Report of the Indian Hemp Drugs Commission, 1894-1895 - Volume II
Year: 1894
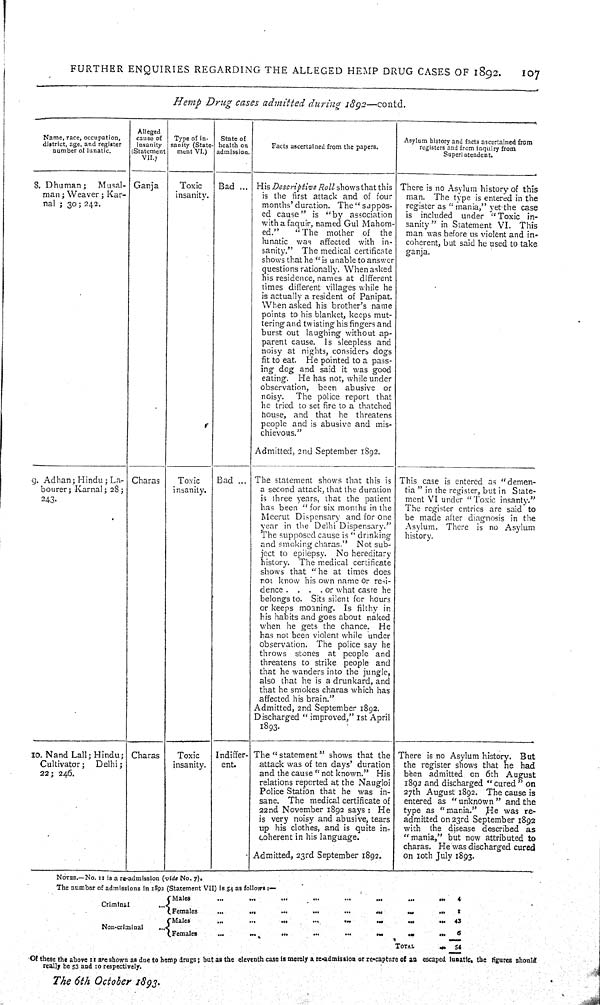
FURTHER ENQUIRIES REGARDING THE ALLEGED HEMP DRUG CASES OF 1892.
107
Hemp
Drug
cases
admitted
during
1892—contd.
Name, race, occupation,
district, age, and register
number of lunatic.
Alleged
cause of
insanity
(Statement
VII.)
Type of in-
sanity (State-
ment VI.)
State of
health on
admission.
Facts ascertained from the papers.
Asylum history and facts ascertained from
registers and from inquiry from
Superintendent.
8. Dhuman;
Musal-
man; Weaver; Kar-
nal; 30; 242.
Ganja
Toxic
insanity.
Bad
His Descriptive
Roll shows that this
is the first attack and of four
months' duration. The "suppos-
ed cause" is "by
association
with a faquir, named Gul Mahom-
ed."
"The
mother
of
the
lunatic
was
affected with in-
sanity."
The medical certificate
shows that he "is unable to answer
questions rationally. When asked
his residence, names at different
times different villages while he
is actually a resident of Panipat.
When asked his brother's name
points to his blanket, keeps mut-
tering and twisting his fingers and
burst out laughing without ap-
parent cause.
Is sleepless and
noisy at nights, considers dogs
fit to eat.
He pointed to a pass-
ing dog and said it was good
eating.
He has not, while under
observation,
been abusive
or
noisy.
The police report
that
he tried to set fire to a thatched
house, and that he
threatens
people and is abusive and mis-
chievous."
Admitted, 2nd September 1892.
There is no Asylum history of this
man.
The type is entered in the
register as "mania," yet the case
is included
under "Toxic
in-
sanity" in Statement VI.
This
man was before us violent and in-
coherent, but said he used to take
ganja.
9. Adhan; Hindu; La-
bourer; Karnal; 28;
243.
Charas
Toxic
insanity.
Bad
The statement shows that this is
a second attack, that the duration
is three years, that the patient
has been "for six months in the
Meerut Dispensary and for one
year in the Delhi Dispensary."
The supposed cause is "drinking
and smoking charas."
Not sub-
ject to epilepsy.
No hereditary
history.
The medical certificate
shows that "he at times does
not know his own name or resi-
dence .
. .
. or what caste he
belongs to.
Sits silent for hours
or keeps moaning. Is filthy in
his habits and goes about naked
when he gets the chance.
He
has not been violent while under
observation.
The police say he
throws
stones
at people
and
threatens to strike people and
that he wanders into the jungle,
also that he is a drunkard, and
that he smokes charas which has
affected his brain."
Admitted, 2nd September 1892.
Discharged "improved," 1st April
1893.
This case is entered as "demen-
tia" in the register, but in State-
ment VI under "Toxic insanty."
The register entries are said to
be made after diagnosis in the
Asylum.
There
is no Asylum
history.
10. Nand Lall; Hindu;
Cultivator;
Delhi;
22; 246.
Charas
Toxic
insanity.
Indiffer-
ent.
The "statement" shows that the
attack was of ten days' duration
and the cause "not known."
His
relations reported at the Naugloi
Police Station that he was in-
sane.
The medical certificate of
22nd November 1892 says: He
is very noisy and abusive, tears
up his clothes, and is quite in-
coherent in his language.
Admitted, 23rd September 1892.
There is no Asylum history.
But
the register shows that he had
been admitted on 6th
August
1892 and discharged "cured" on
27th August 1892. The cause is
entered as "unknown" and the
type as "mania."
He was re-
admitted on 23rd September 1892
with
the disease described as
"mania," but now attributed to
charas. He was discharged cured
on 10th July 1893.
NOTES.—No. 11 is a re-admission (vide No. 7).
The number of admissions in 1892 (Statement VII) is 54 as follows:—
Criminal
Males
4
Criminal
Females
1
Non-criminal
Males
43
Non-criminal
Females
6
Non-criminal
TOTAL
54
Of these the above 11 are shown as due to hemp drugs; but as the eleventh case is merely a re-admission or re-capture of an escaped lunatic, the figures should
really be 53 and 10 respectively.
The
6th
October
1893.